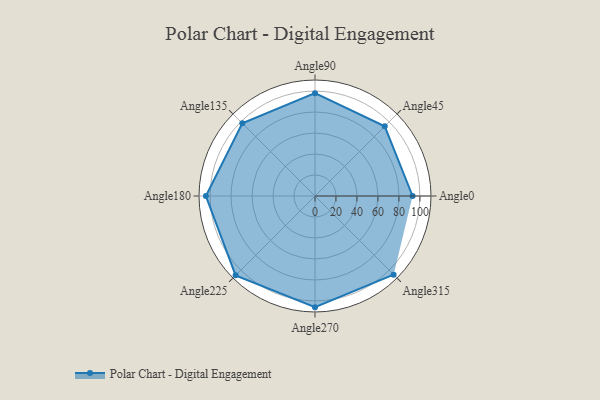
{"axis": {"x": "Angle", "y": "Radius"}, "legend": [""], "data": [{"x": "Angle0", "y": 93.0, "type": ""}, {"x": "Angle45", "y": 94.0, "type": ""}, {"x": "Angle90", "y": 98.0, "type": ""}, {"x": "Angle135", "y": 98.0, "type": ""}, {"x": "Angle180", "y": 104.0, "type": ""}, {"x": "Angle225", "y": 107.0, "type": ""}, {"x": "Angle270", "y": 106.0, "type": ""}, {"x": "Angle315", "y": 106.0, "type": ""}]}